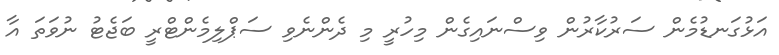
އަޅުގަނޑުމެން ސަރުކާރުން ވިސްނައިގެން މިހުރީ މި ދެންނެވި ސަޕްލިމެންޓްރީ ބަޖެޓު ނުވަތަ އާ